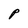
Character: P